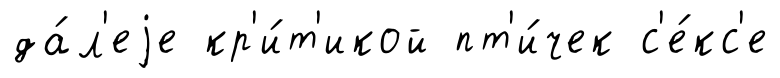
да́л'еjе кр'и́т'икой пт'и́чек с'е́кс'е